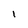
Character: 1